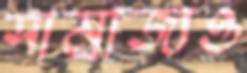
সাম্রাজ্যও